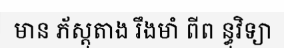
មាន ភ័ស្តុតាង រឹងមាំ ពីព ន្ធុវិទ្យា